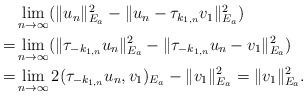
LaTeX: \begin{align*}\aligned&\lim\limits_{n\to\infty}(\|u_n\|^2_{E_a}-\|u_n-\tau_{k_{1,n}}v_1\|^2_{E_a}) \\=&\lim\limits_{n\to\infty}(\|\tau_{-k_{1,n}}u_n\|^2_{E_a}-\|\tau_{-k_{1,n}}u_n-v_1\|^2_{E_a})\\=& \lim\limits_{n\to\infty} 2(\tau_{-k_{1,n}}u_n, v_1)_{E_a}-\|v_1\|^2_{E_a}= \|v_1\|^2_{E_a}.\endaligned\end{align*}